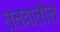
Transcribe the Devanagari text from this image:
तत्तवातील